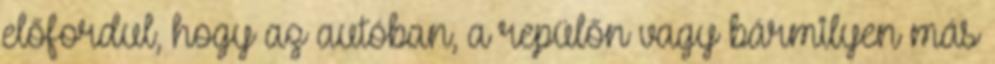
előfordul, hogy az autóban, a repülőn vagy bármilyen más